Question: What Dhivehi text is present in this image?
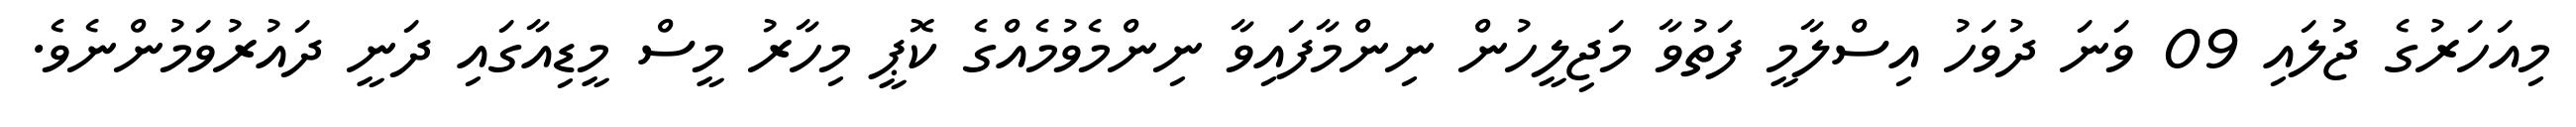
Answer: މިއަހަރުގެ ޖުލައި 09 ވަނަ ދުވަހު އިސްލާމީ ފަތުވާ މަޖިލީހުން ނިންމާފައިވާ ނިންމެވުމެއްގެ ކޮޕީ މިހާރު މީސް މީޑިއާގައި ދަނީ ދައުރުވަމުންނެވެ.